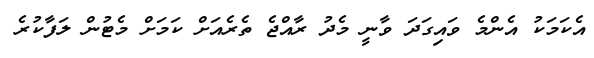
އެކަމަކު އެންމެ ވައިގަދަ ވާނީ މެދު ރާއްޖެ ތެރެއަށް ކަމަށް މެޓުން ލަފާކުރެ